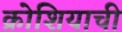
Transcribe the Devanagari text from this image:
क्रोशियाची